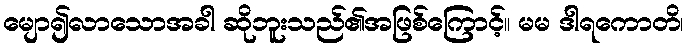
မျော၍လာသောအခါ ဆိုဘူးသည်၏အဖြစ်ကြောင့်။ မမ ဒါရကောတိ၊